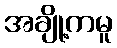
အချို့ကမူ